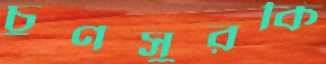
চুণসুরকি